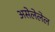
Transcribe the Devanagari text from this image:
असेलेलेल